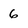
Character: 6